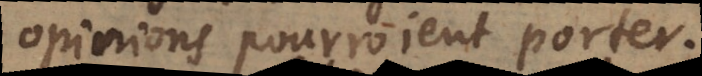
opinions pourroient porter.